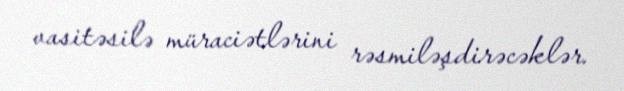
vasitəsilə müraciətlərini rəsmiləşdirəcəklər.